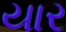
યાર